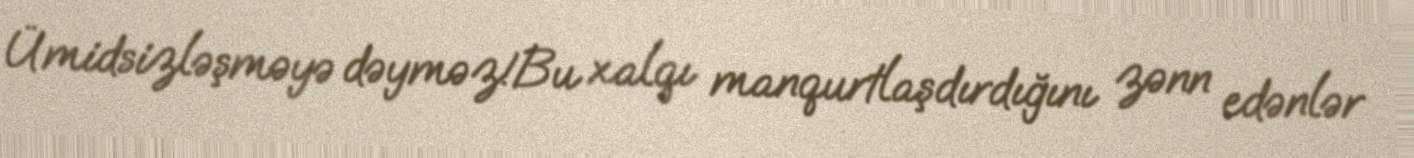
Ümidsizləşməyə dəyməz!Bu xalqı manqurtlaşdırdığını zənn edənlər